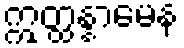
ဣတ္ထန္နာမေန